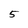
Character: 5